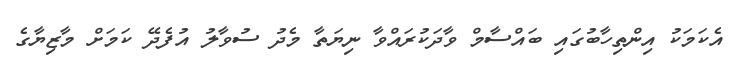
އެކަމަކު އިންތިހާބުގައި ބައްސާމް ވާދަކުރައްވާ ނިޔަތާ މެދު ސުވާލު އުފެދޭ ކަމަށް މާޒިޔާގެ